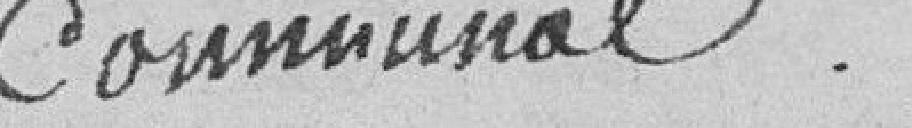
communal.